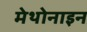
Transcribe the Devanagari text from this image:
मेथोनाइन